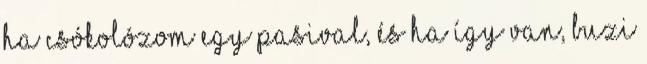
ha csókolózom egy pasival, és ha így van, buzi